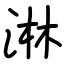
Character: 淋